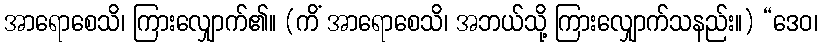
အာရောစေသိ၊ ကြားလျှောက်၏။ (ကိံ အာရောစေသိ၊ အဘယ်သို့ ကြားလျှောက်သနည်း။) “ဒေဝ၊